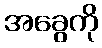
အခွေကို